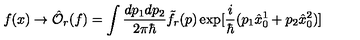
f ( x ) \to { \hat { \mathcal O } } _ { r } ( f ) = \int \frac { d p _ { 1 } d p _ { 2 } } { 2 \pi \hbar } { \tilde { f } } _ { r } ( p ) \exp [ \frac { i } { \hbar } ( p _ { 1 } { \hat { x } } _ { 0 } ^ { 1 } + p _ { 2 } { \hat { x } } _ { 0 } ^ { 2 } ) ]